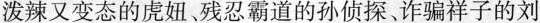
辣又变态的虑妞、残忍霸道的孙侦探诈骗祥子的刘